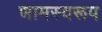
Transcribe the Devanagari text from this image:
णामस्वरूप